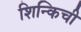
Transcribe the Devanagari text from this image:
शिन्किची